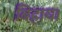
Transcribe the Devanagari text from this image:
बिहाय।